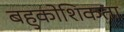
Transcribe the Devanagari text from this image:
बहुकोशिकता